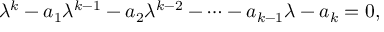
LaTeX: \lambda ^ { k } - a _ { 1 } \lambda ^ { k - 1 } - a _ { 2 } \lambda ^ { k - 2 } - \cdots - a _ { k - 1 } \lambda - a _ { k } = 0 ,